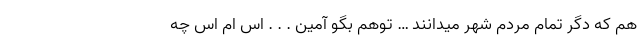
هم که دگر تمام مردم شهر میدانند … توهم بگو آمین . . . اس ام اس چه